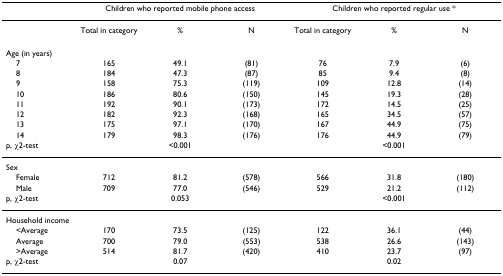
<table><thead><tr><td></td><td colspan="3"><b>Children who reported mobile phone access</b></td><td colspan="3"><b>Children who reported regular use *</b></td></tr></thead><tbody><tr><td></td><td>Total in category</td><td>%</td><td>N</td><td>Total in category</td><td>%</td><td>N</td></tr><tr><td>Age (in years)</td><td></td><td></td><td></td><td></td><td></td><td></td></tr><tr><td> 7</td><td>165</td><td>49.1</td><td>(81)</td><td>76</td><td>7.9</td><td>(6)</td></tr><tr><td> 8</td><td>184</td><td>47.3</td><td>(87)</td><td>85</td><td>9.4</td><td>(8)</td></tr><tr><td> 9</td><td>158</td><td>75.3</td><td>(119)</td><td>109</td><td>12.8</td><td>(14)</td></tr><tr><td> 10</td><td>186</td><td>80.6</td><td>(150)</td><td>145</td><td>19.3</td><td>(28)</td></tr><tr><td> 11</td><td>192</td><td>90.1</td><td>(173)</td><td>172</td><td>14.5</td><td>(25)</td></tr><tr><td> 12</td><td>182</td><td>92.3</td><td>(168)</td><td>165</td><td>34.5</td><td>(57)</td></tr><tr><td> 13</td><td>175</td><td>97.1</td><td>(170)</td><td>167</td><td>44.9</td><td>(75)</td></tr><tr><td> 14</td><td>179</td><td>98.3</td><td>(176)</td><td>176</td><td>44.9</td><td>(79)</td></tr><tr><td>p, χ2-test</td><td></td><td>&lt;0.001</td><td></td><td></td><td>&lt;0.001</td><td></td></tr><tr><td>Sex</td><td></td><td></td><td></td><td></td><td></td><td></td></tr><tr><td> Female</td><td>712</td><td>81.2</td><td>(578)</td><td>566</td><td>31.8</td><td>(180)</td></tr><tr><td> Male</td><td>709</td><td>77.0</td><td>(546)</td><td>529</td><td>21.2</td><td>(112)</td></tr><tr><td>p, χ2-test</td><td></td><td>0.053</td><td></td><td></td><td>&lt;0.001</td><td></td></tr><tr><td>Household income</td><td></td><td></td><td></td><td></td><td></td><td></td></tr><tr><td> &lt;Average</td><td>170</td><td>73.5</td><td>(125)</td><td>122</td><td>36.1</td><td>(44)</td></tr><tr><td> Average</td><td>700</td><td>79.0</td><td>(553)</td><td>538</td><td>26.6</td><td>(143)</td></tr><tr><td> &gt;Average</td><td>514</td><td>81.7</td><td>(420)</td><td>410</td><td>23.7</td><td>(97)</td></tr><tr><td>p, χ2-test</td><td></td><td>0.07</td><td></td><td></td><td>0.02</td><td></td></tr></tbody></table>